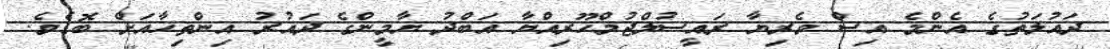
ދައުލަތުގެ އެންމެ އިސް ވެރިޔާ ރައީސުލްޖުމްހޫރިއްޔާ އަބްދު ޔާމީންގެ ދައުރު އިންތިހާއަށް ބޮޑެވެ.